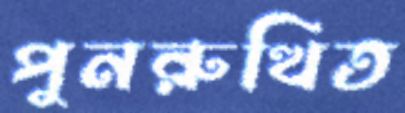
পুনরুত্থিত